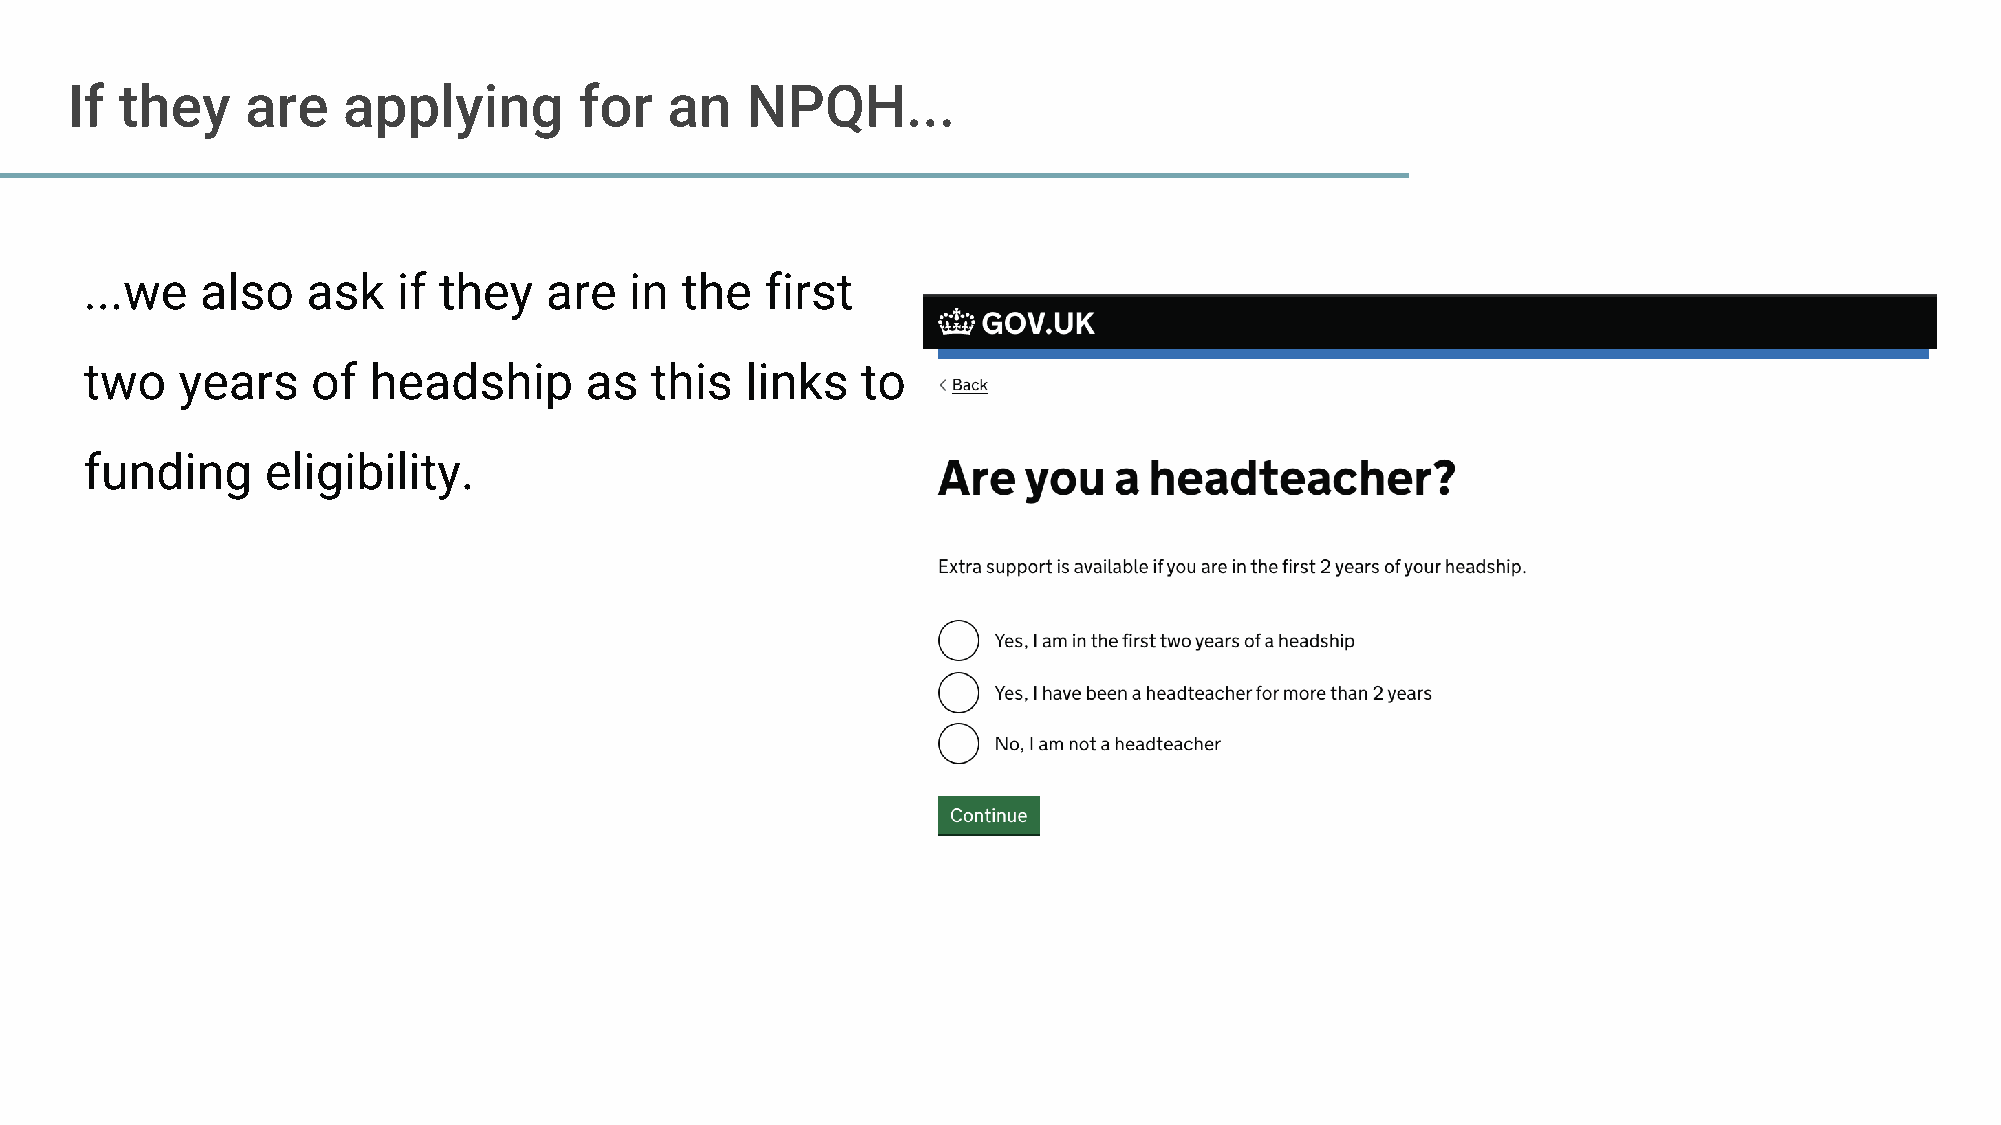
If  they    are    applying       for   an   NPQH...
 ...we  also   ask   if they   are   in the   first
 two   years    of headship       as  this  links   to
 funding     eligibility.